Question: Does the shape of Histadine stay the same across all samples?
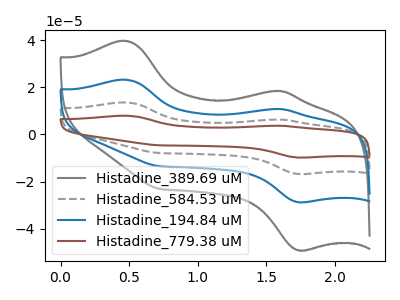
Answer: <think>The gray curve "Histadine_389.69 uM" has anodic peaks at (0.45V, 39.75uA) (1.60V, 18.50uA) and cathodic peaks at (1.75V, -49.20uA) (0.70V, -23.05uA). The gray dashed curve "Histadine_584.53 uM" has anodic peaks at (0.45V, 46.45uA) (1.60V, 21.60uA) and cathodic peaks at (1.75V, -57.55uA) (0.70V, -27.00uA). The blue curve "Histadine_194.84 uM" has anodic peaks at (0.45V, 23.25uA) (1.60V, 10.80uA) and cathodic peaks at (1.75V, -28.75uA) (0.70V, -13.50uA). The brown curve "Histadine_779.38 uM" has anodic peaks at (0.45V, 69.70uA) (1.60V, 32.40uA) and cathodic peaks at (1.75V, -86.30uA) (0.70V, -40.45uA).
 All the peaks in "Histadine_389.69 uM" have a peak in "Histadine_584.53 uM" at the same potential. Every peak in "Histadine_389.69 uM" is lower than every peak in "Histadine_584.53 uM". All the peaks in "Histadine_389.69 uM" have a peak in "Histadine_194.84 uM" at the same potential. Every peak in "Histadine_389.69 uM" is higher than every peak in "Histadine_194.84 uM". All the peaks in "Histadine_389.69 uM" have a peak in "Histadine_779.38 uM" at the same potential. Every peak in "Histadine_389.69 uM" is lower than every peak in "Histadine_779.38 uM". All the peaks in "Histadine_584.53 uM" have a peak in "Histadine_194.84 uM" at the same potential. Every peak in "Histadine_584.53 uM" is higher than every peak in "Histadine_194.84 uM". All the peaks in "Histadine_584.53 uM" have a peak in "Histadine_779.38 uM" at the same potential. Every peak in "Histadine_584.53 uM" is lower than every peak in "Histadine_779.38 uM". All the peaks in "Histadine_194.84 uM" have a peak in "Histadine_779.38 uM" at the same potential. Every peak in "Histadine_194.84 uM" is lower than every peak in "Histadine_779.38 uM".</think>
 <answer>All the CV's of "Histadine" have similar shape.</answer>
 <eval>follow_rule</eval>